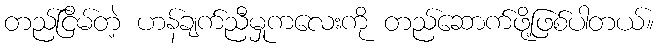
တည်ငြိမ်တဲ့ ဟန်ချက်ညီမှုကလေးကို တည်ဆောက်ဖို့ဖြစ်ပါတယ်။